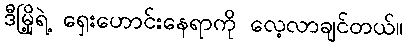
ဒီမြို့ရဲ့ ရှေးဟောင်းနေရာကို လေ့လာချင်တယ်။